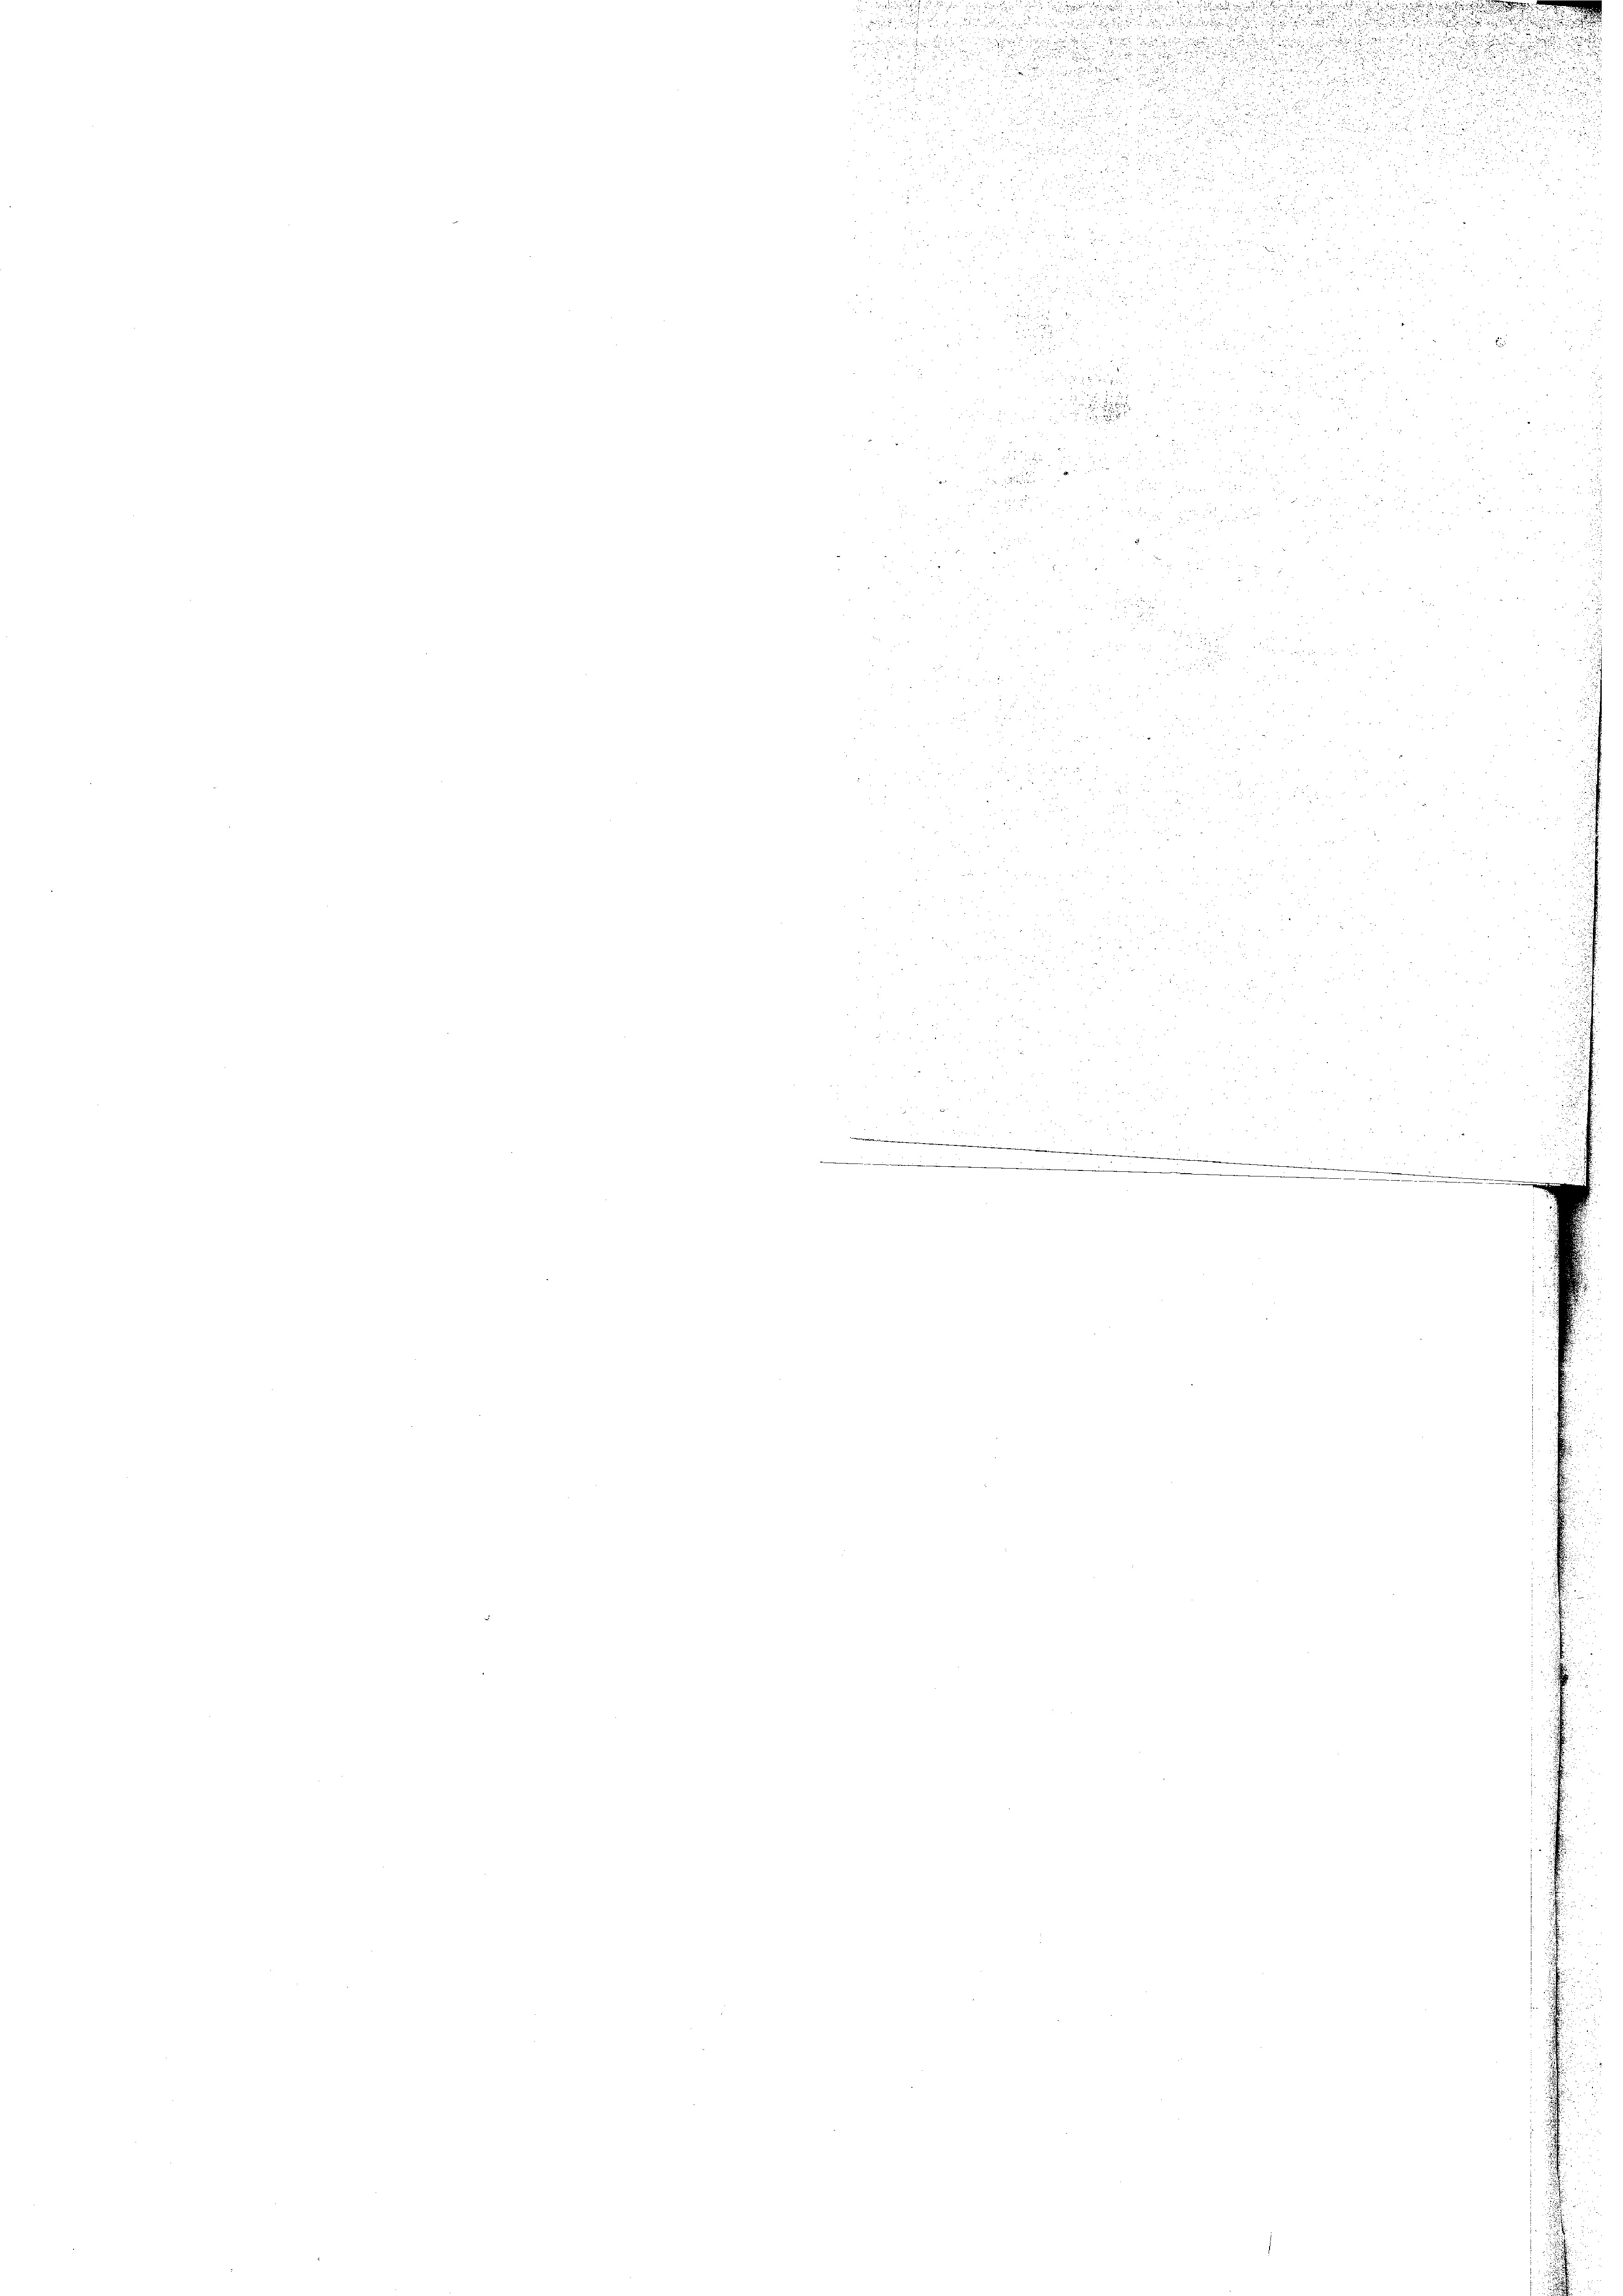
.

u
u
.
u

de

u

i
n
.
n
d
s

2 aus
d

 2
n

d

25
n
.

20 x

e

d

d

u
d